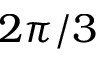
2 \pi / 3